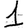
Digit: 1